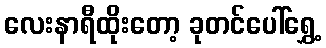
လေးနာရီထိုးတော့ ခုတင်ပေါ်ရွှေ့